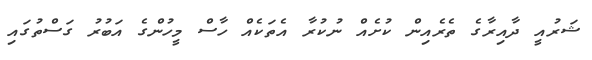
ޝަރުއީ ދާއިރާގެ ތެރެއިން ކުށެއް ނުކުރާ އެތަކެއް ހާސް މީހުންގެ އަބުރު ގަސްތުގައި